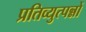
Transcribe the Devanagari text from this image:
प्रतिव्युत्पन्नों